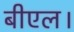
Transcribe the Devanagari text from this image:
बीएल।